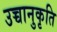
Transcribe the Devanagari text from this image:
उच्चानुकृति